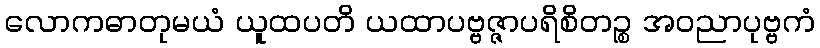
လောကဓာတုမယံ ယူထပတိ ယထာပဗ္ဗဇ္ဇာပရိစိတဉ္စ အဝညာပုဗ္ဗကံ